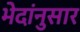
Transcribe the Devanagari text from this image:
भेदांनुसार